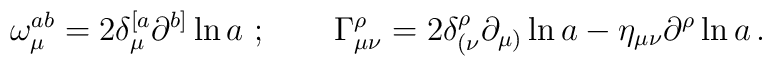
\omega ^{ab}_\mu = 2  \delta_\mu^{[a} \partial ^{b]} \ln a \ ;\qquad\Gamma ^{\rho}_{\mu \nu} = 2  \delta_{(\nu}^{\rho}\partial_ {\mu )}\ln a - \eta_{\mu\nu}\partial^\rho  \ln a\,.